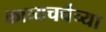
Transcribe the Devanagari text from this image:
काव्यचर्चेच्या